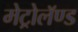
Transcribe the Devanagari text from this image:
मेट्रोलॅण्ड